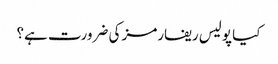
کیا پولیس ریفارمز کی ضرورت ہے؟